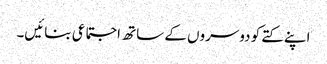
اپنے کتے کو دوسروں کے ساتھ اجتماعی بنائیں۔